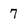
Character: 7